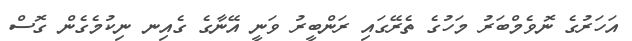
އަހަރުގެ ނޮވެމްބަރު މަހުގެ ތެރޭގައި ރަންބީރު ވަނީ އޭނާގެ ގެއިނ ނިކުމެގެން ގޮސް